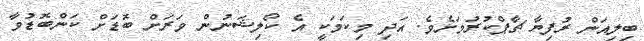
ބިލިއަން ރުފިޔާ ޗާޕްކުރުމަށެވެ. އަދި މިކަމަކީ އެ ކޯލިޝަނުން ވަރަށް ބޮޑަށް ކަންބޮޑުވާ